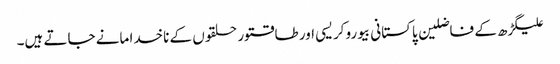
علیگڑھ کے فاضلین پاکستانی بیوروکریسی اور طاقتور حلقوں کے ناخدا مانے جاتے ہیں۔